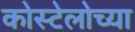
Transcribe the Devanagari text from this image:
कोस्टेलोच्या